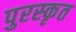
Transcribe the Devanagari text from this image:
पुरस्‍कृत